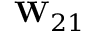
{ \bf W } _ { 2 1 }